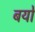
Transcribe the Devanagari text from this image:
बयो